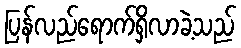
ပြန်လည်ရောက်ရှိလာခဲ့သည်